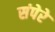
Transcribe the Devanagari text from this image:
संपेरे